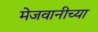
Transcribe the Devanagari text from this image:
मेजवानीच्या